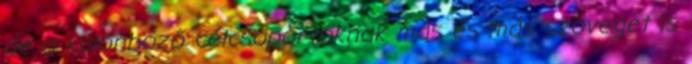
de a különböző célcsoportoknak más és más szöveget is